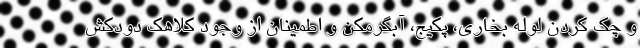
و چک کردن لوله بخاری، پکیج، آبگرمکن و اطمینان از وجود کلاهک دودکش